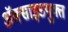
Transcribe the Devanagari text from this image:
अॅक्साइडयुक्त